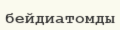
бейдиатомды